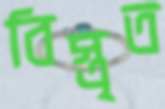
বিস্তৃত